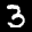
Label: 3